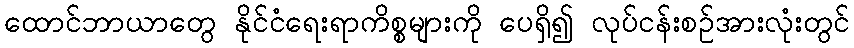
ထောင်ဘာယာတွေ နိုင်ငံရေးရာကိစ္စများကို ပေရှိ၍ လုပ်ငန်းစဉ်အားလုံးတွင်